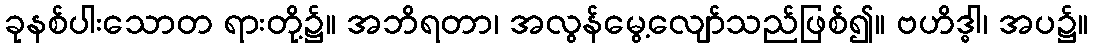
ခုနစ်ပါးသောတ ရားတို့၌။ အဘိရတာ၊ အလွန်မွေ့လျော်သည်ဖြစ်၍။ ဗဟိဒ္ဓါ၊ အပ၌။